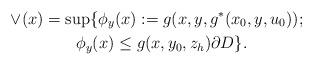
LaTeX: \begin{align*} \vee(x) &= \sup\{\phi_y(x) := g(x,y,g^*(x_0,y,u_0)) ;\\ &\quad\quad \phi_y(x) \leq g(x,y_0,z_h) \partial D\}. \end{align*}